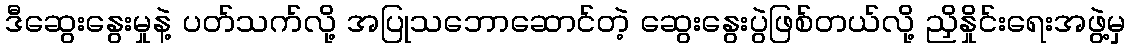
ဒီဆွေးနွေးမှုနဲ့ ပတ်သက်လို့ အပြုသဘောဆောင်တဲ့ ဆွေးနွေးပွဲဖြစ်တယ်လို့ ညှိနှိုင်းရေးအဖွဲ့မှ